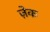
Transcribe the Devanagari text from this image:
ज़ेक